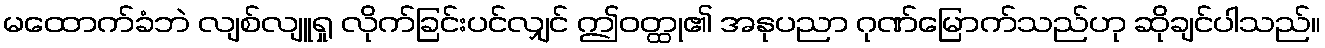
မထောက်ခံဘဲ လျစ်လျူရှု လိုက်ခြင်းပင်လျှင် ဤဝတ္ထု၏ အနုပညာ ဂုဏ်မြောက်သည်ဟု ဆိုချင်ပါသည်။